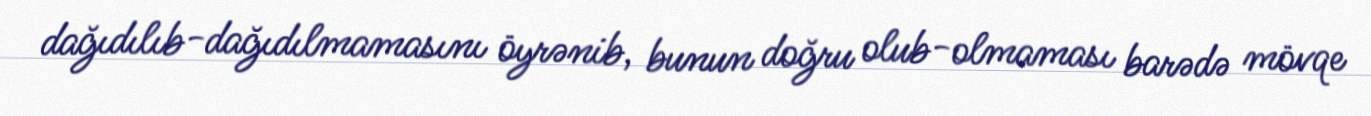
dağıdılıb-dağıdılmamasını öyrənib, bunun doğru olub-olmaması barədə mövqe